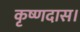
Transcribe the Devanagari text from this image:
कृष्णदास।